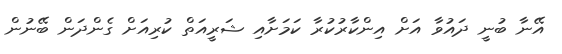
އޭނާ ބުނީ ދައުވާ އަށް އިންކާރުކުރާ ކަމަށާއި ޝަރީއަތް ކުރިއަށް ގެންދަން ބޭނުން